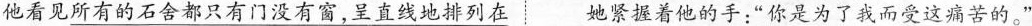
他看见所有的石舍都只有门没有窗，呈直线地排列在她紧握着他的手：”你是为了我而受这痛苦的。”